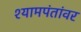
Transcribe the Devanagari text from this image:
श्यामपंतांवर